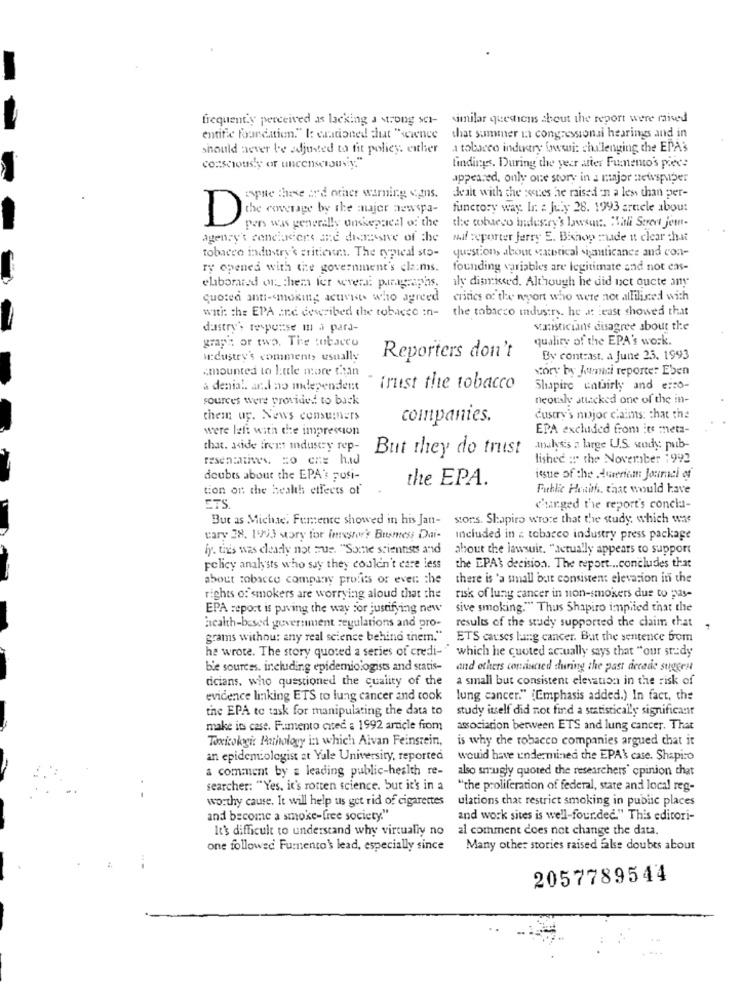
frequent'y perceived as lacking a strong sch- similar questions about the report were raised
entifle foundation." I: cautioned chat "science that summer in congressional hearings and in
should never be adjusted to fit policy. either
a tobacco industry lowwui: challenging the EPA's
consciously or uncensctomiy."
findings. During the year after Fumento's piece
appeared, only one story in a major newspaper
zapie these ar'd other warning cons.
dealt with the sences he raised en a less than per-
functory way In : July 28. 1993 article about
the cornerage by the mujer newspa-
pers was generally onskepacal of the
the cobaeso industry's lawsuit. "Title Serert jem-
agency't renchriers ane dimassive of the
Mail reporter Jerry E. Bishop made it clear chat
tobacco industry' sritiene. The typical sto-
questions about catetical significance and con-
ry opened with the government's clams.
founding variables are legitimate and not cas-
ily dismissed. Although he did uet oucte any
elibomied of them fer wever: parygraphs.
quoted anti-smoking activists who agreed
critics of the report who were not allilisted with
with: che EPA and dewsibed the tobacco in-
the tobacco industry. he at least showed that
dastry's response m à para-
Maisticians disagree about the
graph or two. The tobacco
quality of the EPA's work.
w:dustry's comments usually
Reporters don't
By contrast. a June 25. 1993
«mounted to little more than
story by Juni reporte: Eben
a denial and no mdependent
intest the tobacco
Shapiro unfairly and erro-
sources were provided to back
neously stticked one of the in-
them up. News consumers
companies.
Custry's major claims: that the
were left with the impression
EPA exchided from its meta-
that. aside fremt industry rep-
But they do trust
analysis a large U.S. wody: pub-
lished : the November 1992
doubts about the EPA's posi-
the EPA.
issue of the Ameriam Journal of
tion on the health effects of
Public Health, that would have
STS
changed the report's concla-
But as Michae. Fumente showed in his Jan-
stons. Shapiro wrote that the study, which was
vary 28. 1993 Mory for Investor'? Busmess Dai-
included in z tobacco industry press package
fy. this was clearly not que. "Some scientists and
about the lawsuit. "actually appears to support
policy analysts who say they couldn't care less
the EPAt decision. The report ... concludes that
about tobacco company profits or even the
there is 'a small but consistent elevation in the
rights of smokers are worrying aloud that the
risk of lung cancer in non-smokers due to pas-
EPA report is paving the way For justifying new
sive smoking." Thus Shapiro implied that the
results of the study supported the claim that
Health-based government regulations and pro-
grams without any real science behind them."
ETS causes lung cancer. Bat the sentence from
he wrote. The story quoted a series of credi- "" which he quoted actually says that "our study
bie sources. including epidemiologists and statis-
and others convinced during the past decade suggest
dicians, who questioned the quality of the
a small but consistent elevation in the risk of
evidence linking ETS to lung cancer and cook
lung cancer." [Emphasis added.) In fact, the
the EPA te task for manipulating the data to
study itself did not find a statistically significant
make in case. Fumento cted : 1992 article from
association between ETS and lung cancer. That
Toxicokygi: Pathology in which Aivan Feinstein,
is why the tobacco companies argued that it
an epidemiologist at Yale University, reported
would have undermined the EPA'\ case. Shapiro
a comment by a leading public-health re-
also smugly quoted the researchers' opinion that
searcher: "Yes, it's rotten science. but it's in a
"the proliferation of federal, state and local reg-
. -
worthy cause. It will help us get rid of cigarettes
ulations chat restrict smoking in public places
and become a smoke-free society."
and work sites is well-four.dec." This editori-
It's difficult to understand why virtually no
al comment does not change the data.
one followed Fumento's lead, especially since Many other stories raised false doubts about
--
2057789544